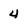
Character: 4